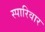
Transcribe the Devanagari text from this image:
स्पारिवार